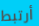
أرتبط